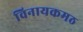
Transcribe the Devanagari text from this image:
विनायकमठ